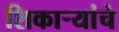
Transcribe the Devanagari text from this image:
शिकार्‍यांचे